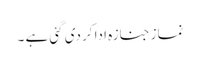
نماز جنازہ ادا کر دی گئی ہے ۔